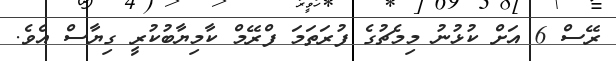
ރޭސް 6 އަށް ކުޅުނު މިމެޗުގެ ފުރަތަމަ ފްރޭމް ކާމިޔާބުކުރީ ގިޔާސް އެވެ.